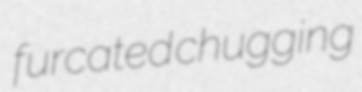
furcated chugging